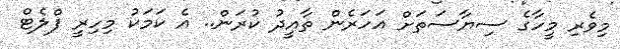
މިވެރި މީހާގެ ސިޔާސަތަށް އަހަރެން ތާއީދު ކުރަން.. އެ ކަމަކު މިހިރީ ފްލެޓް